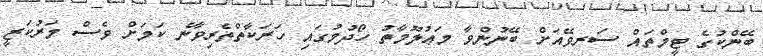
ބޭންކުގެ ޓީމްތައް ސަރވޭއަށް ބޭނުންވާ މަޢުލޫމާތު ހޯދުމުގައި ހަރަކާތްތެރިވާނެ ކަމަށް ވެސް މަރުކަޒީ